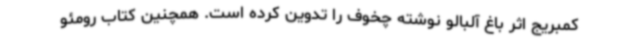
کمبریج اثر باغ آلبالو نوشته چخوف را تدوین کرده است. همچنین کتاب رومئو